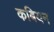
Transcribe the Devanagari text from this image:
कबियन